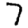
Digit: 7